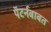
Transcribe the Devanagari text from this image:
पॅटर्नबाबत